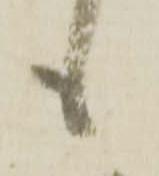
も